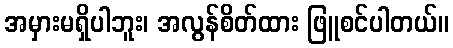
အမှားမရှိပါဘူး၊ အလွန်စိတ်ထား ဖြူစင်ပါတယ်။